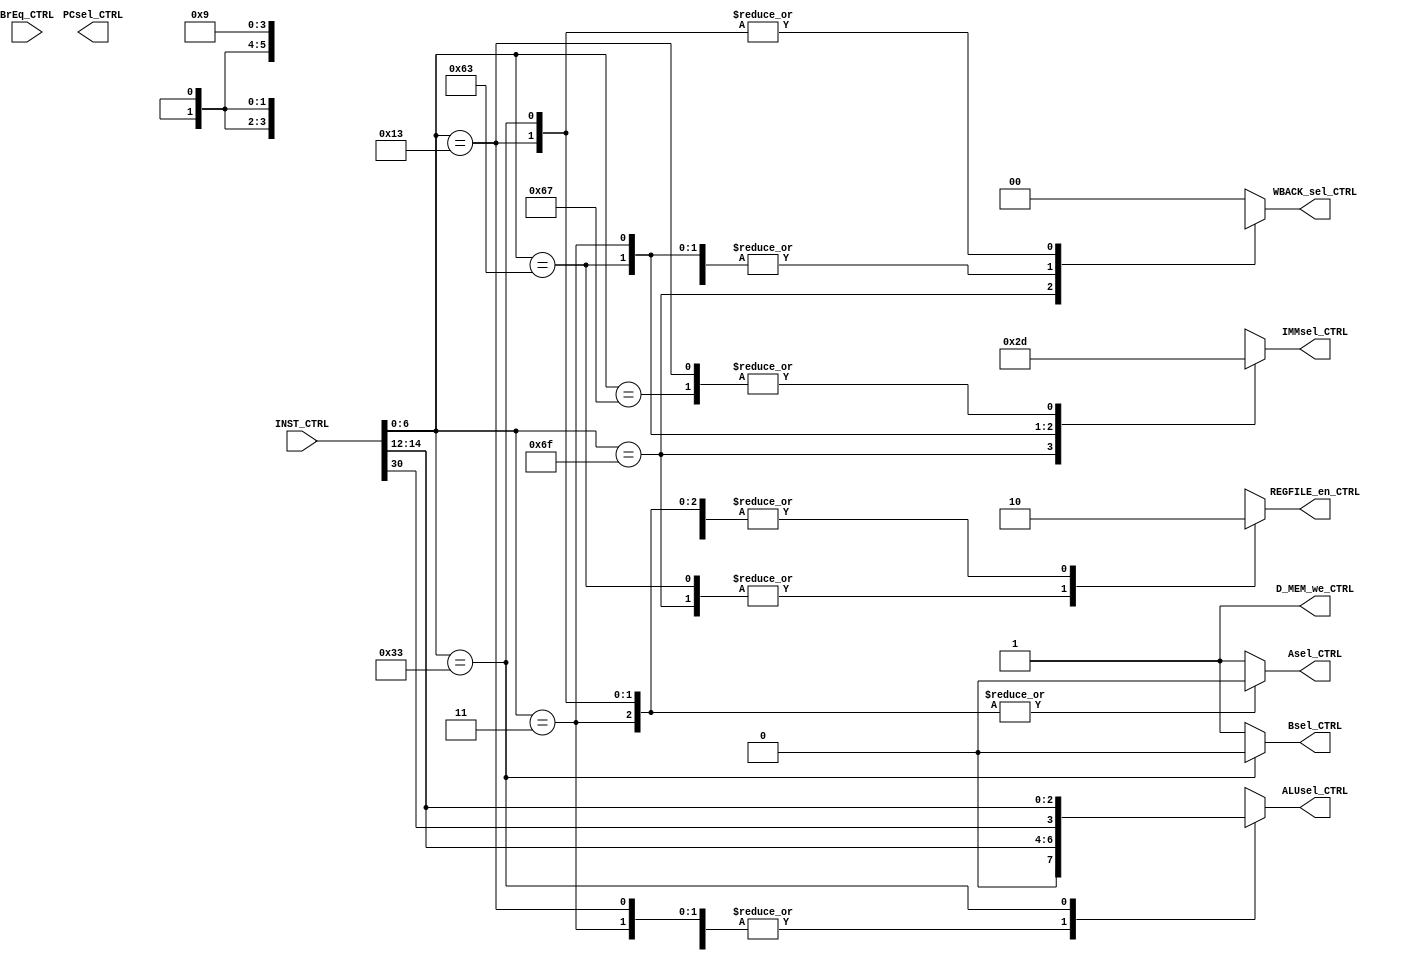
module CONTROL_UNIT( INST_CTRL,  BrEq_CTRL ,ALUsel_CTRL 
,WBACK_sel_CTRL,PCsel_CTRL,IMMsel_CTRL ,REGFILE_en_CTRL ,Bsel_CTRL,Asel_CTRL ,D_MEM_we_CTRL
    );
input [31:0]  INST_CTRL;
input         BrEq_CTRL;
output [3:0]  ALUsel_CTRL;
output [1:0]  WBACK_sel_CTRL,IMMsel_CTRL;
output        PCsel_CTRL,REGFILE_en_CTRL,Bsel_CTRL,Asel_CTRL,D_MEM_we_CTRL;
reg 	[3:0]   ALUsel_CTRL;
reg 	[1:0]   WBACK_sel_CTRL,IMMsel_CTRL;
reg        	 PCsel_CTRL,REGFILE_en_CTRL,Bsel_CTRL,Asel_CTRL,D_MEM_we_CTRL;

always @(*)begin 
    case(INST_CTRL[6:0])
		7'b1101111: begin					//		JAL			
				IMMsel_CTRL = 2'b00; ALUsel_CTRL = {4{1'bx}};
				WBACK_sel_CTRL = 2'bxx; REGFILE_en_CTRL = 1'b1;
				Asel_CTRL = 1'b1; Bsel_CTRL = 1'b1;
				D_MEM_we_CTRL= 1'b1;
		end
		7'b1100111: begin					//		JALR		
				IMMsel_CTRL = 2'b01; ALUsel_CTRL = {0,INST_CTRL[14:12]};
				WBACK_sel_CTRL = 2'b10; REGFILE_en_CTRL = 1'b0;
				Asel_CTRL = 1'b1; Bsel_CTRL = 1'b1;
				D_MEM_we_CTRL= 1'b1;

		end
		7'b1100011: begin					//		BEQ BNQ			
				IMMsel_CTRL = 2'b10; ALUsel_CTRL = {0,INST_CTRL[14:12]};
				WBACK_sel_CTRL= 2'b10; REGFILE_en_CTRL = 1'b1;
				Asel_CTRL = 1'b1; Bsel_CTRL= 1'b1;
			   D_MEM_we_CTRL= 1'b1;

		end
		7'b0000011: begin					//			LW			
		   	IMMsel_CTRL = 2'b11; ALUsel_CTRL = {0,INST_CTRL[14:12]};
				WBACK_sel_CTRL = 2'b10; REGFILE_en_CTRL = 1'b0;
				Asel_CTRL = 1'b0; Bsel_CTRL = 1'b1;
				D_MEM_we_CTRL= 1'b1;

		end
/*		7'b0100011: begin					//		SW			
				IMMsel_CTRL = 3'b100; ALUsel_CTRL= {0,INST_CTRL[14:12]};
				WBACK_sel_CTRL = 2'bxx; REGFILE_en_CTRL = 1'b1;
				Asel_CTRL = 1'b1;  Bsel_CTRL= 1'b1;
				D_MEM_we_CTRL = 1'b0;
	 
		end
	*/	7'b0010011:	begin					//	ANDI XORI ORI ADDI 
				IMMsel_CTRL = 2'b01; ALUsel_CTRL = {0,INST_CTRL[14:12]};
				WBACK_sel_CTRL = 2'b01; REGFILE_en_CTRL = 1'b0;
				Asel_CTRL = 1'b0;  Bsel_CTRL = 1'b1;
				D_MEM_we_CTRL = 1'b1;
 
		end
		7'b0110011: begin						//	AND  XOR  OR  ADD  	
				IMMsel_CTRL = 2'bxx;  ALUsel_CTRL = {INST_CTRL[30],INST_CTRL[14:12]};
				WBACK_sel_CTRL = 2'b01; REGFILE_en_CTRL= 1'b0;
				Asel_CTRL= 1'b0; Bsel_CTRL = 1'b0;
				D_MEM_we_CTRL = 1'b1;

		end
		default :begin
				IMMsel_CTRL = 2'bxx;  ALUsel_CTRL =  {4{1'bx}};
				WBACK_sel_CTRL = 2'b00;  REGFILE_en_CTRL= 1'bx;
				Asel_CTRL = 1'b1; Bsel_CTRL = 1'b1;
				D_MEM_we_CTRL = 1'b1;
		 end
		endcase
    end
assign PCsel= BrEq_CTRL;
endmodule